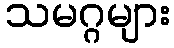
သမဂ္ဂများ